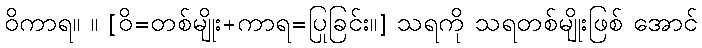
ဝိကာရ။ ။ [ဝိ=တစ်မျိုး+ကာရ=ပြုခြင်း။] သရကို သရတစ်မျိုးဖြစ် အောင်